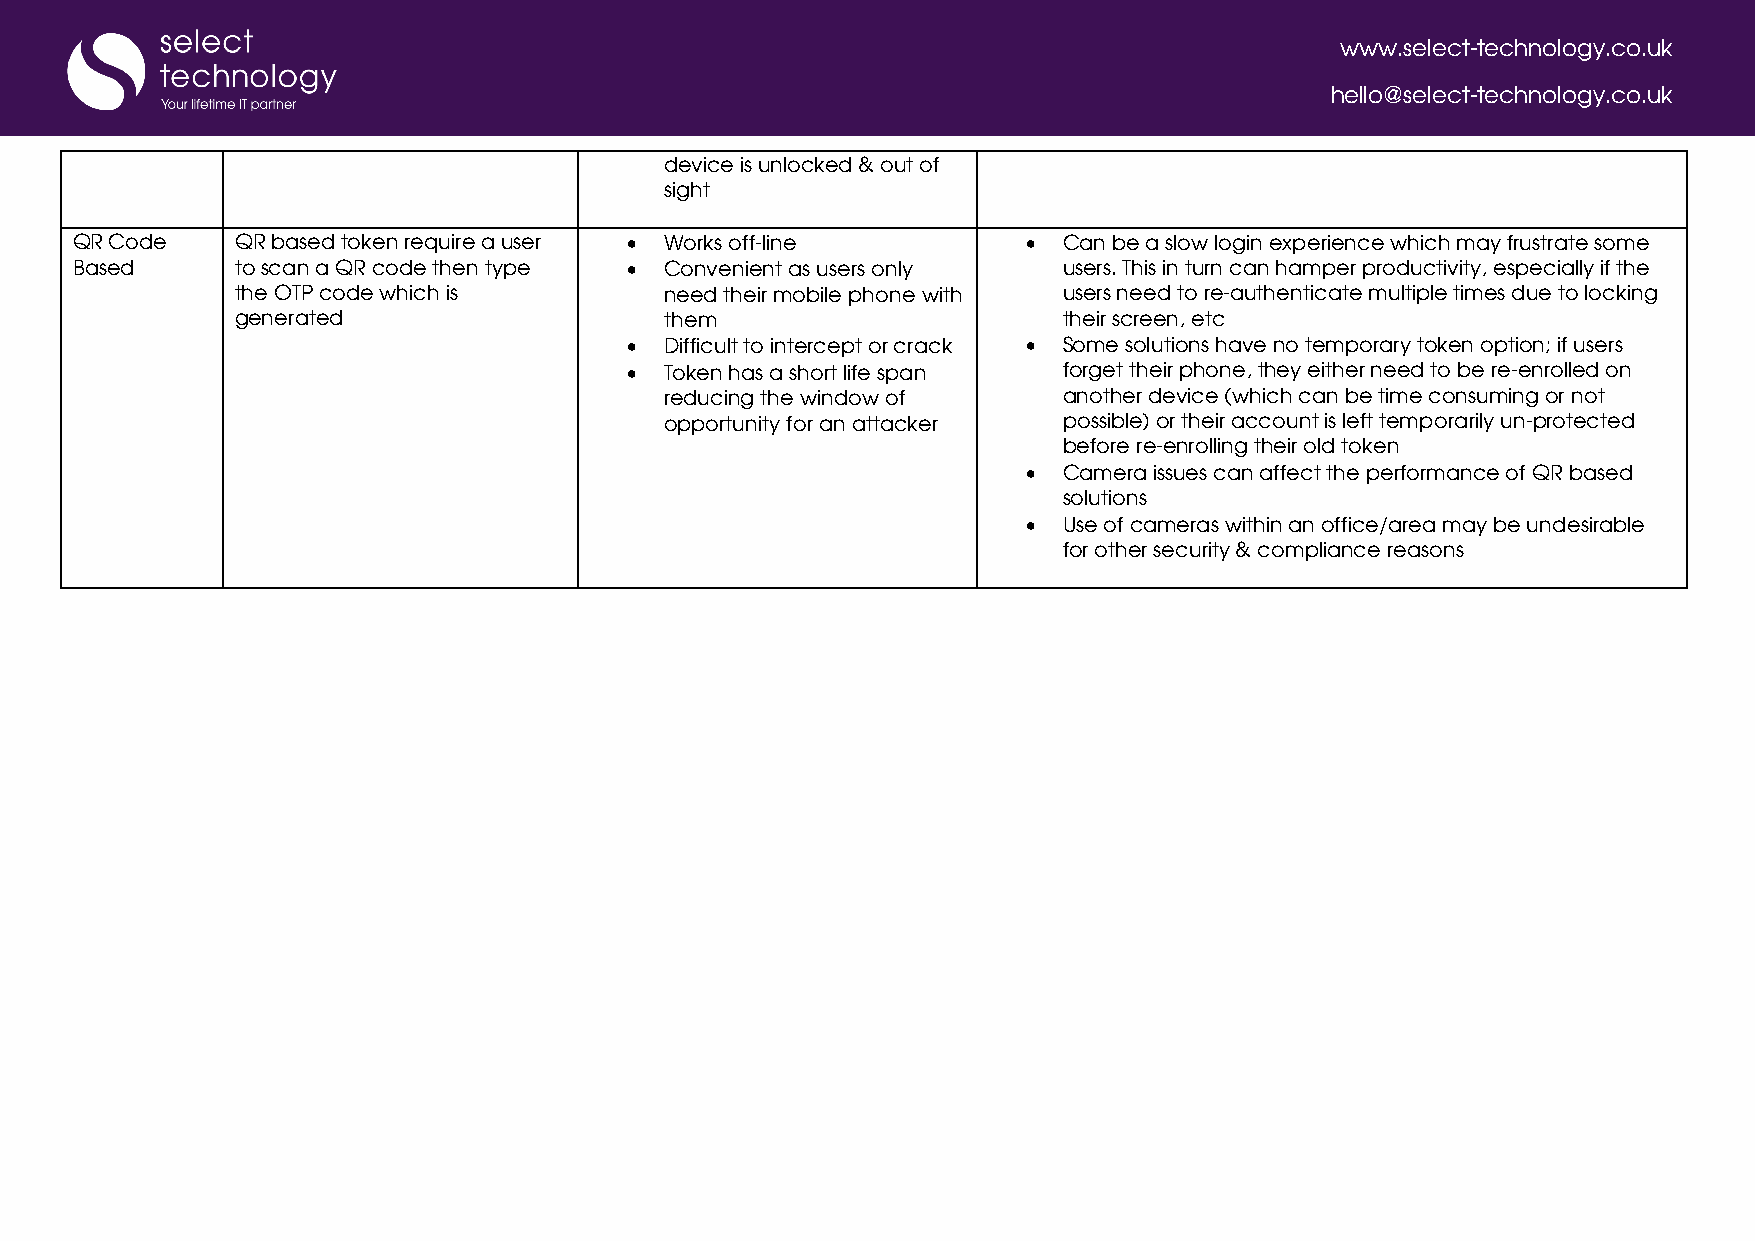
www.select-technology.co.uk
 hello@select-technology.co.uk
 device is unlocked & out of
 sight
 QR Code    QR based token require a user • Works off-line      • Can be a slow login experience which may frustrate some
 Based      to scan a QR code then type • Convenient as users only users. This in turn can hamper productivity, especially if the
 the OTP code which is       need their mobile phone with users need to re-authenticate multiple times due to locking
 generated                   them                      their screen, etc
 •  Difficult to intercept or crack • Some solutions have no temporary token option; if users
 •  Token has a short life span forget their phone, they either need to be re-enrolled on
 reducing the window of    another device (which can be time consuming or not
 opportunity for an attacker possible) or their account is left temporarily un-protected
 before re-enrolling their old token
 • Camera issues can affect the performance of QR based
 solutions
 • Use of cameras within an office/area may be undesirable
 for other security & compliance reasons